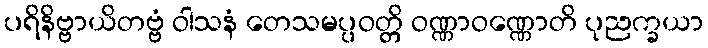
ပရိနိဗ္ဗာယိတဗ္ဗံ ဝါသနံ တေသမပ္ပဝတ္တိ ဝဏ္ဏာဝဏ္ဏောတိ ပုညက္ခယာ